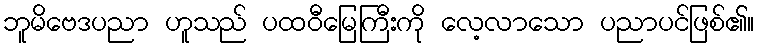
ဘူမိဗေဒပညာ ဟူသည် ပထဝီမြေကြီးကို လေ့လာသော ပညာပင်ဖြစ်၏။